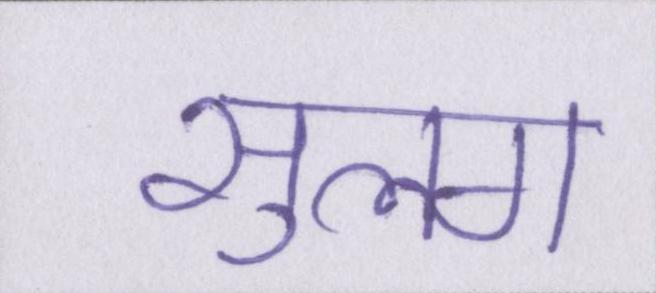
सुलग